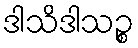
ဒါသိဒါသဉ္စ